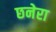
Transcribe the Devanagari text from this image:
छनेरा